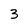
Character: 3